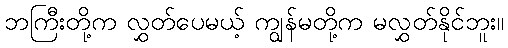
ဘကြီးတို့က လွှတ်ပေမယ့် ကျွန်မတို့က မလွှတ်နိုင်ဘူး။